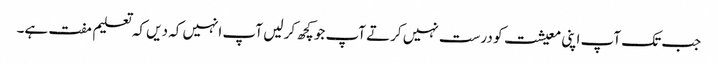
جب تک آپ اپنی معیشت کو درست نہیں کرتے آپ جو کچھ کر لیں آپ انہیں کہ دیں کہ تعلیم مفت ہے۔